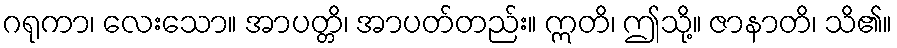
ဂရုကာ၊ လေးသော။ အာပတ္တိ၊ အာပတ်တည်း။ ဣတိ၊ ဤသို့။ ဇာနာတိ၊ သိ၏။